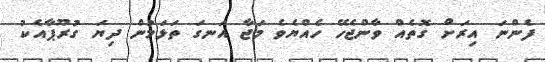
ފެންނަ އިރަށް ގޮތެއް ވާންޖެހޭ ހެއްޔެވެ މަޖާ އަނގަ ތަޅަމުން ދިޔަ ގުރޫޕާއެކު